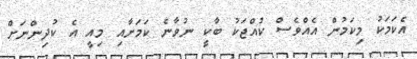
އެކަމަކު މިކަމުން އެއްވެސް ކުއްޖަކު ބާކީ ނުވާނެ ކަމަށާއި މިއީ އެ ކުދިންނަށް